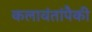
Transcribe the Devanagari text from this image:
कलावंतांपैकी